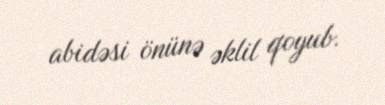
abidəsi önünə əklil qoyub.